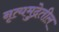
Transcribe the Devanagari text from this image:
नृत्यमुद्रेतील